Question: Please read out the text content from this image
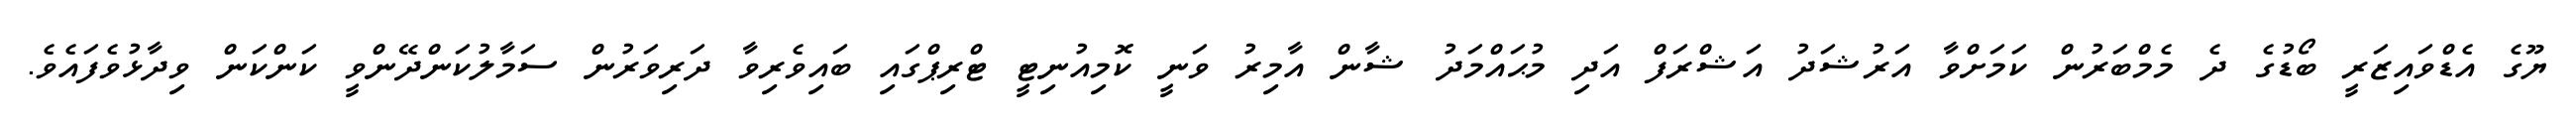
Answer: ޔޫގެ އެޑްވައިޒަރީ ބޯޑުގެ ދެ މެމްބަރުން ކަމަށްވާ އަރުޝަދު އަޝްރަފް އަދި މުޙައްމަދު ޝާން އާމިރު ވަނީ ކޮމިއުނިޓީ ޓްރިޕްގައި ބައިވެރިވާ ދަރިވަރުން ސަމާލުކަންދޭންވީ ކަންކަން ވިދާޅުވެފައެވެ.